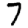
Digit: 7